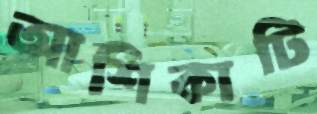
আশিকাটি